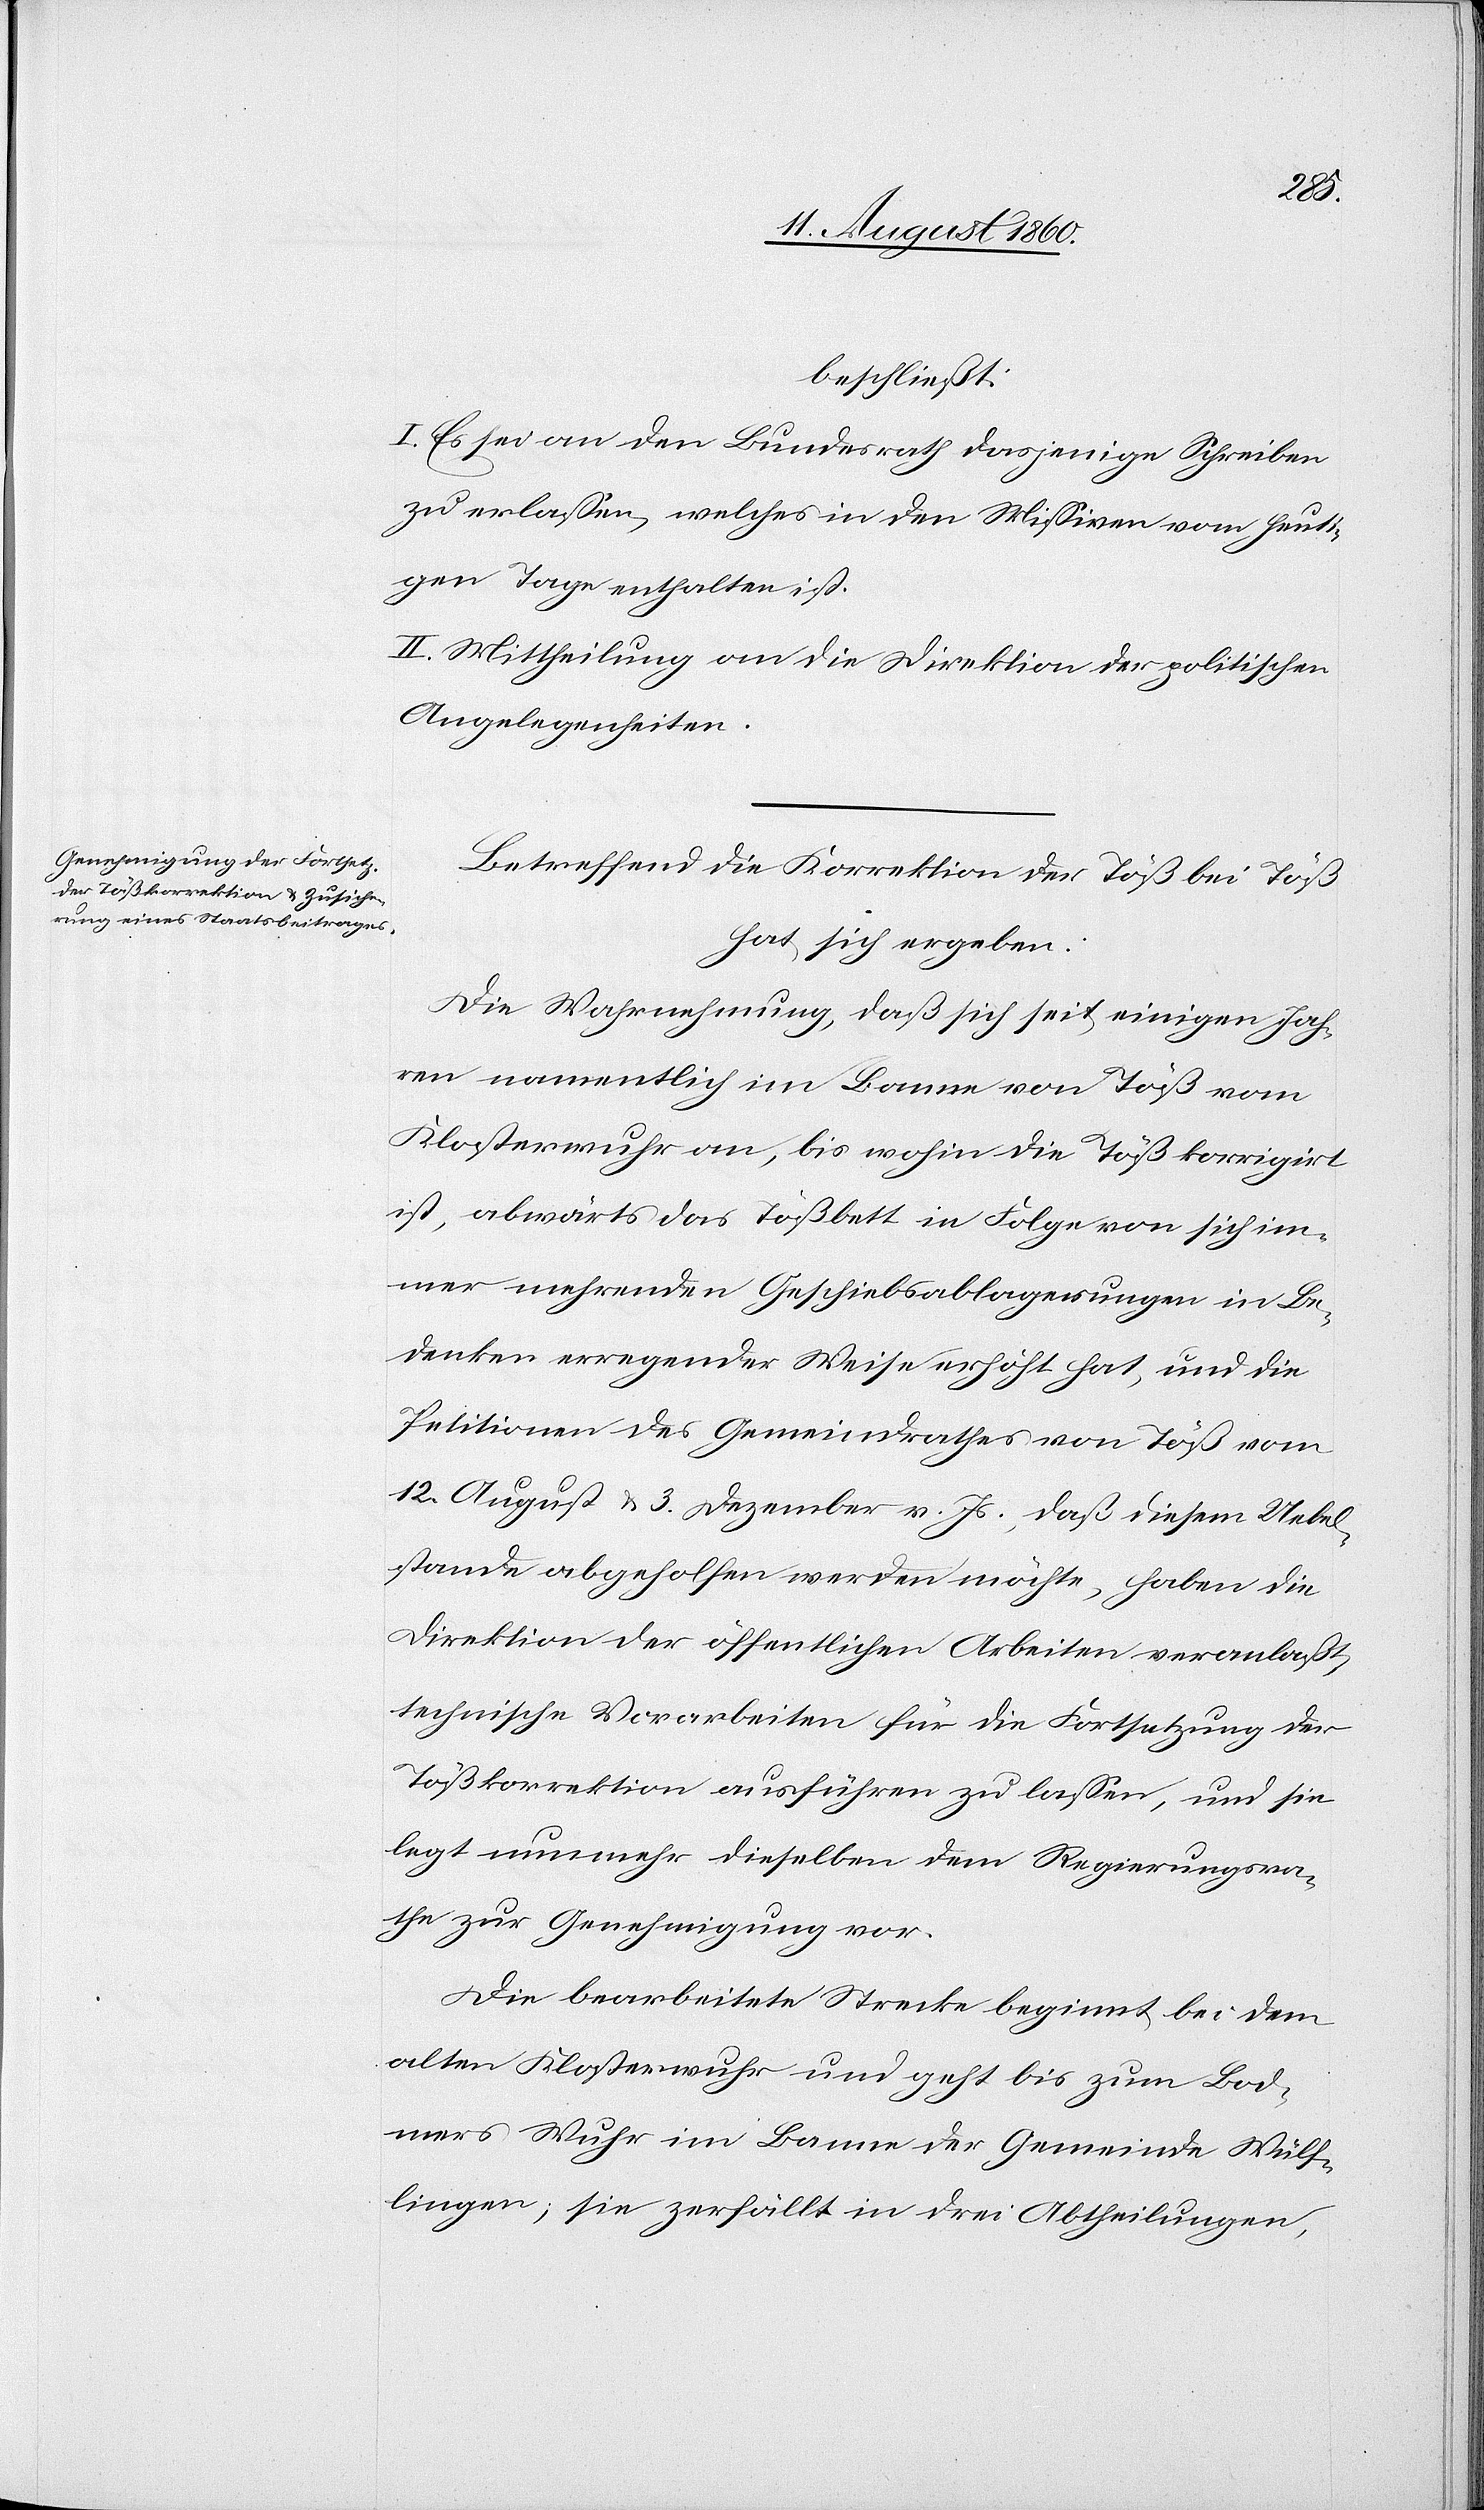
beschliesst:
I. Es sei an den Bundesrath diejenige Zuschrift
zu erlassen, welche in den Missiven vom heuti¬
gen Tage enthalten ist.
II. Mittheilung an die Direktion der politischen
Angelegenheiten.
Betreffend die Korrektion der Töß bei Töß
hat sich ergeben:
Die Wahrnehmung, dass sich seit einigen Jah¬
ren namentlich im Banne von Töss vom
Klosterwuhr an, bis wohin die Töss korrigirt
ist, abwärts das Tössbett in Folge von sich im¬
mer mehrenden Geschiebsablagerungen in Be¬
denken erregender Weise erhöht hat, und die
Petitionen des Gemeindrathes von Töss vom
12. August u. 3. Dezember v. Js. dass diesem Uebel¬
stande abgeholfen werden möchte, haben die
Direktion der öffentlichen Arbeiten veranlasst,
technische Vorarbeiten für die Fortsetzung der
Tösskorrektion ausführen zu lassen und sie
legt nunmehr dieselben dem Regierungsra¬
the zur Genehmigung vor.
Die bearbeitete Strecke beginnt bei dem
alten Klosterwuhr und geht bis zum Bod¬
mers Wuhr im Banne der Gemeinde Wülf-